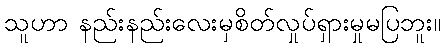
သူဟာ နည်းနည်းလေးမှစိတ်လှုပ်ရှားမှုမပြဘူး။